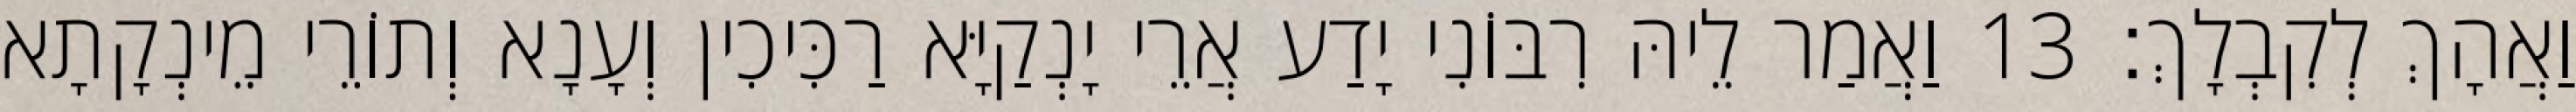
וַאֲהָךְ לְקִבְלָךְ׃ 13 וַאֲמַר לֵיהּ רִבּוֹנִי יָדַע אֲרֵי יָנְקַיָּא רַכִּיכִין וְעָנָא וְתוֹרֵי מֵינְקָתָא